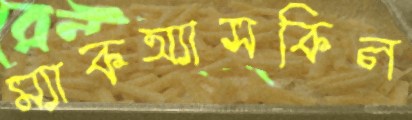
ম্যাকঅ্যাসকিল